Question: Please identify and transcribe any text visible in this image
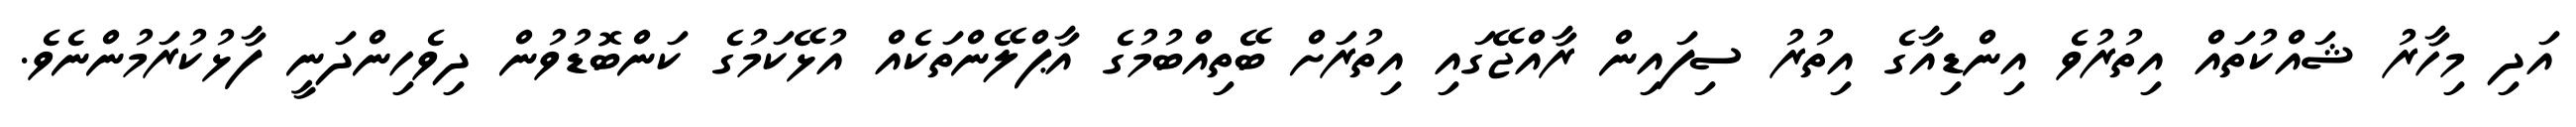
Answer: އަދި މިހާރު ޝައްކުތައް އިތުރުވެ އިންޑިއާގެ އިތުރު ސިފައިން ރާއްޖޭގައި އިތުރަށް ބޭތިއްބުމުގެ އާޕްލޭންތަކެއް އުޅޭކަމުގެ ކަންބޮޑުވުން ދިވެހިންދަނީ ފާޅުކުރަމުންނެވެ.